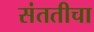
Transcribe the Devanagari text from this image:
संततीचा